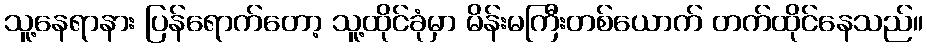
သူ့နေရာနား ပြန်ရောက်တော့ သူ့ထိုင်ခုံမှာ မိန်းမကြီးတစ်ယောက် တက်ထိုင်နေသည်။